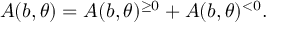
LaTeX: A ( b , \theta ) = A ( b , \theta ) ^ { \geq 0 } + A ( b , \theta ) ^ { < 0 } .